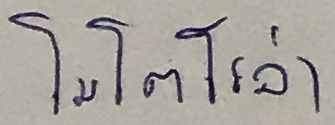
โมโตโรล่า